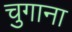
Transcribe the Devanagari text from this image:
चुगाना